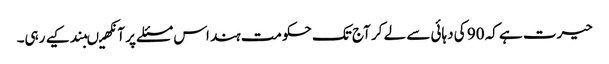
حیرت ہے کہ 90 کی دہائی سے لے کر آج تک حکومت ہند اس مسئلے پر آنکھیںبند کیے رہی۔